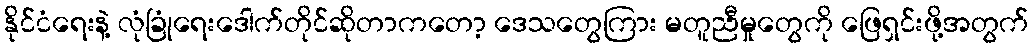
နိုင်ငံရေးနဲ့ လုံခြုံရေးဒေါက်တိုင်ဆိုတာကတော့ ဒေသတွေကြား မတူညီမှုတွေကို ဖြေရှင်းဖို့အတွက်